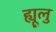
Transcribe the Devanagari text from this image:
ह्यूलु